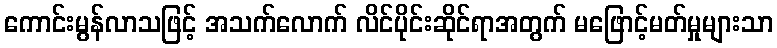
ကောင်းမွန်လာသဖြင့် အသက်လောက် လိင်ပိုင်းဆိုင်ရာအတွက် မဖြောင့်မတ်မှုများသာ